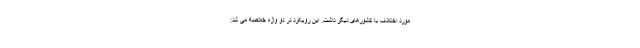
مورد اختلاف با کشورهای دیگر داشت. این رویکرد در دو واژه خلاصه می شد: